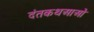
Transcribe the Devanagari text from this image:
दंतकथआओं